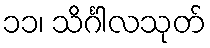
၁၁၊ သိင်္ဂါလသုတ်